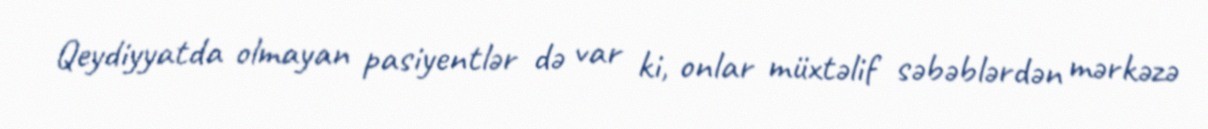
Qeydiyyatda olmayan pasiyentlər də var ki, onlar müxtəlif səbəblərdən mərkəzə